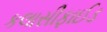
કલાસીફાઈડ